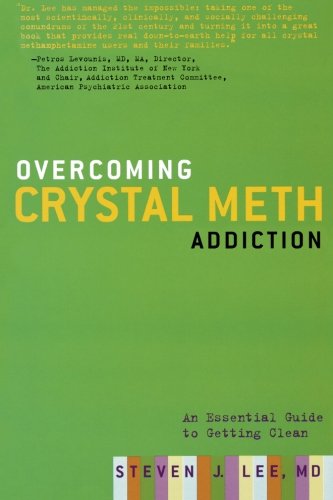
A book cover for Overcoming Crystal Meth Addiction: An Essential Guide to Getting Clean; M.D. Steven J. Lee M.D.; Health, Fitness & Dieting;